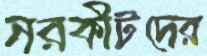
নরকীটদের